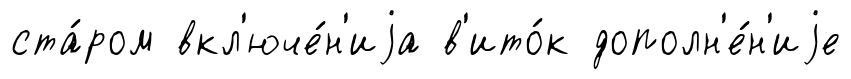
ста́ром вкл'юче́н'иjа в'ито́к дополн'е́н'иjе